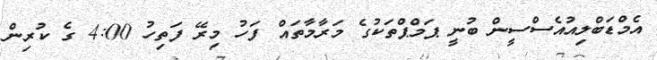
އެމްޑަބްލިއުއެސްސީން ބުނީ ޕަމްޕްތަކުގެ މަރާމާތައް ފަހު މިރޭ ފަތިހު 4:00 ގެ ކުރިން